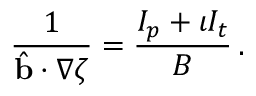
\frac { 1 } { \hat { \mathbf { b } } \cdot \nabla \zeta } = \frac { I _ { p } + \iota I _ { t } } { B } \, .